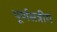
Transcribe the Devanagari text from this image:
पूर्णसत्रीय